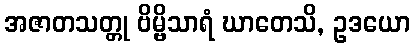
အဇာတသတ္တု ဗိမ္ဗိသာရံ ဃာတေသိ, ဥဒယော